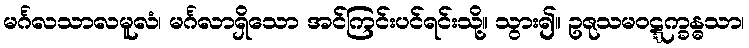
မင်္ဂလသာလမူလံ၊ မင်္ဂလာရှိသော အင်ကြင်းပင်ရင်းသို့။ သွား၍။ ဥဇုသမဝဋ္ဋက္ခန္ဓသာ၊